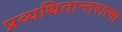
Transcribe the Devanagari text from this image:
प्रव्यथितान्तरात्मा